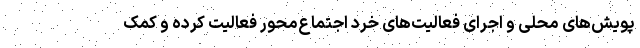
پویش‌های محلی و اجرای فعالیت‌های خرد اجتماع‌محور فعالیت کرده و کمک